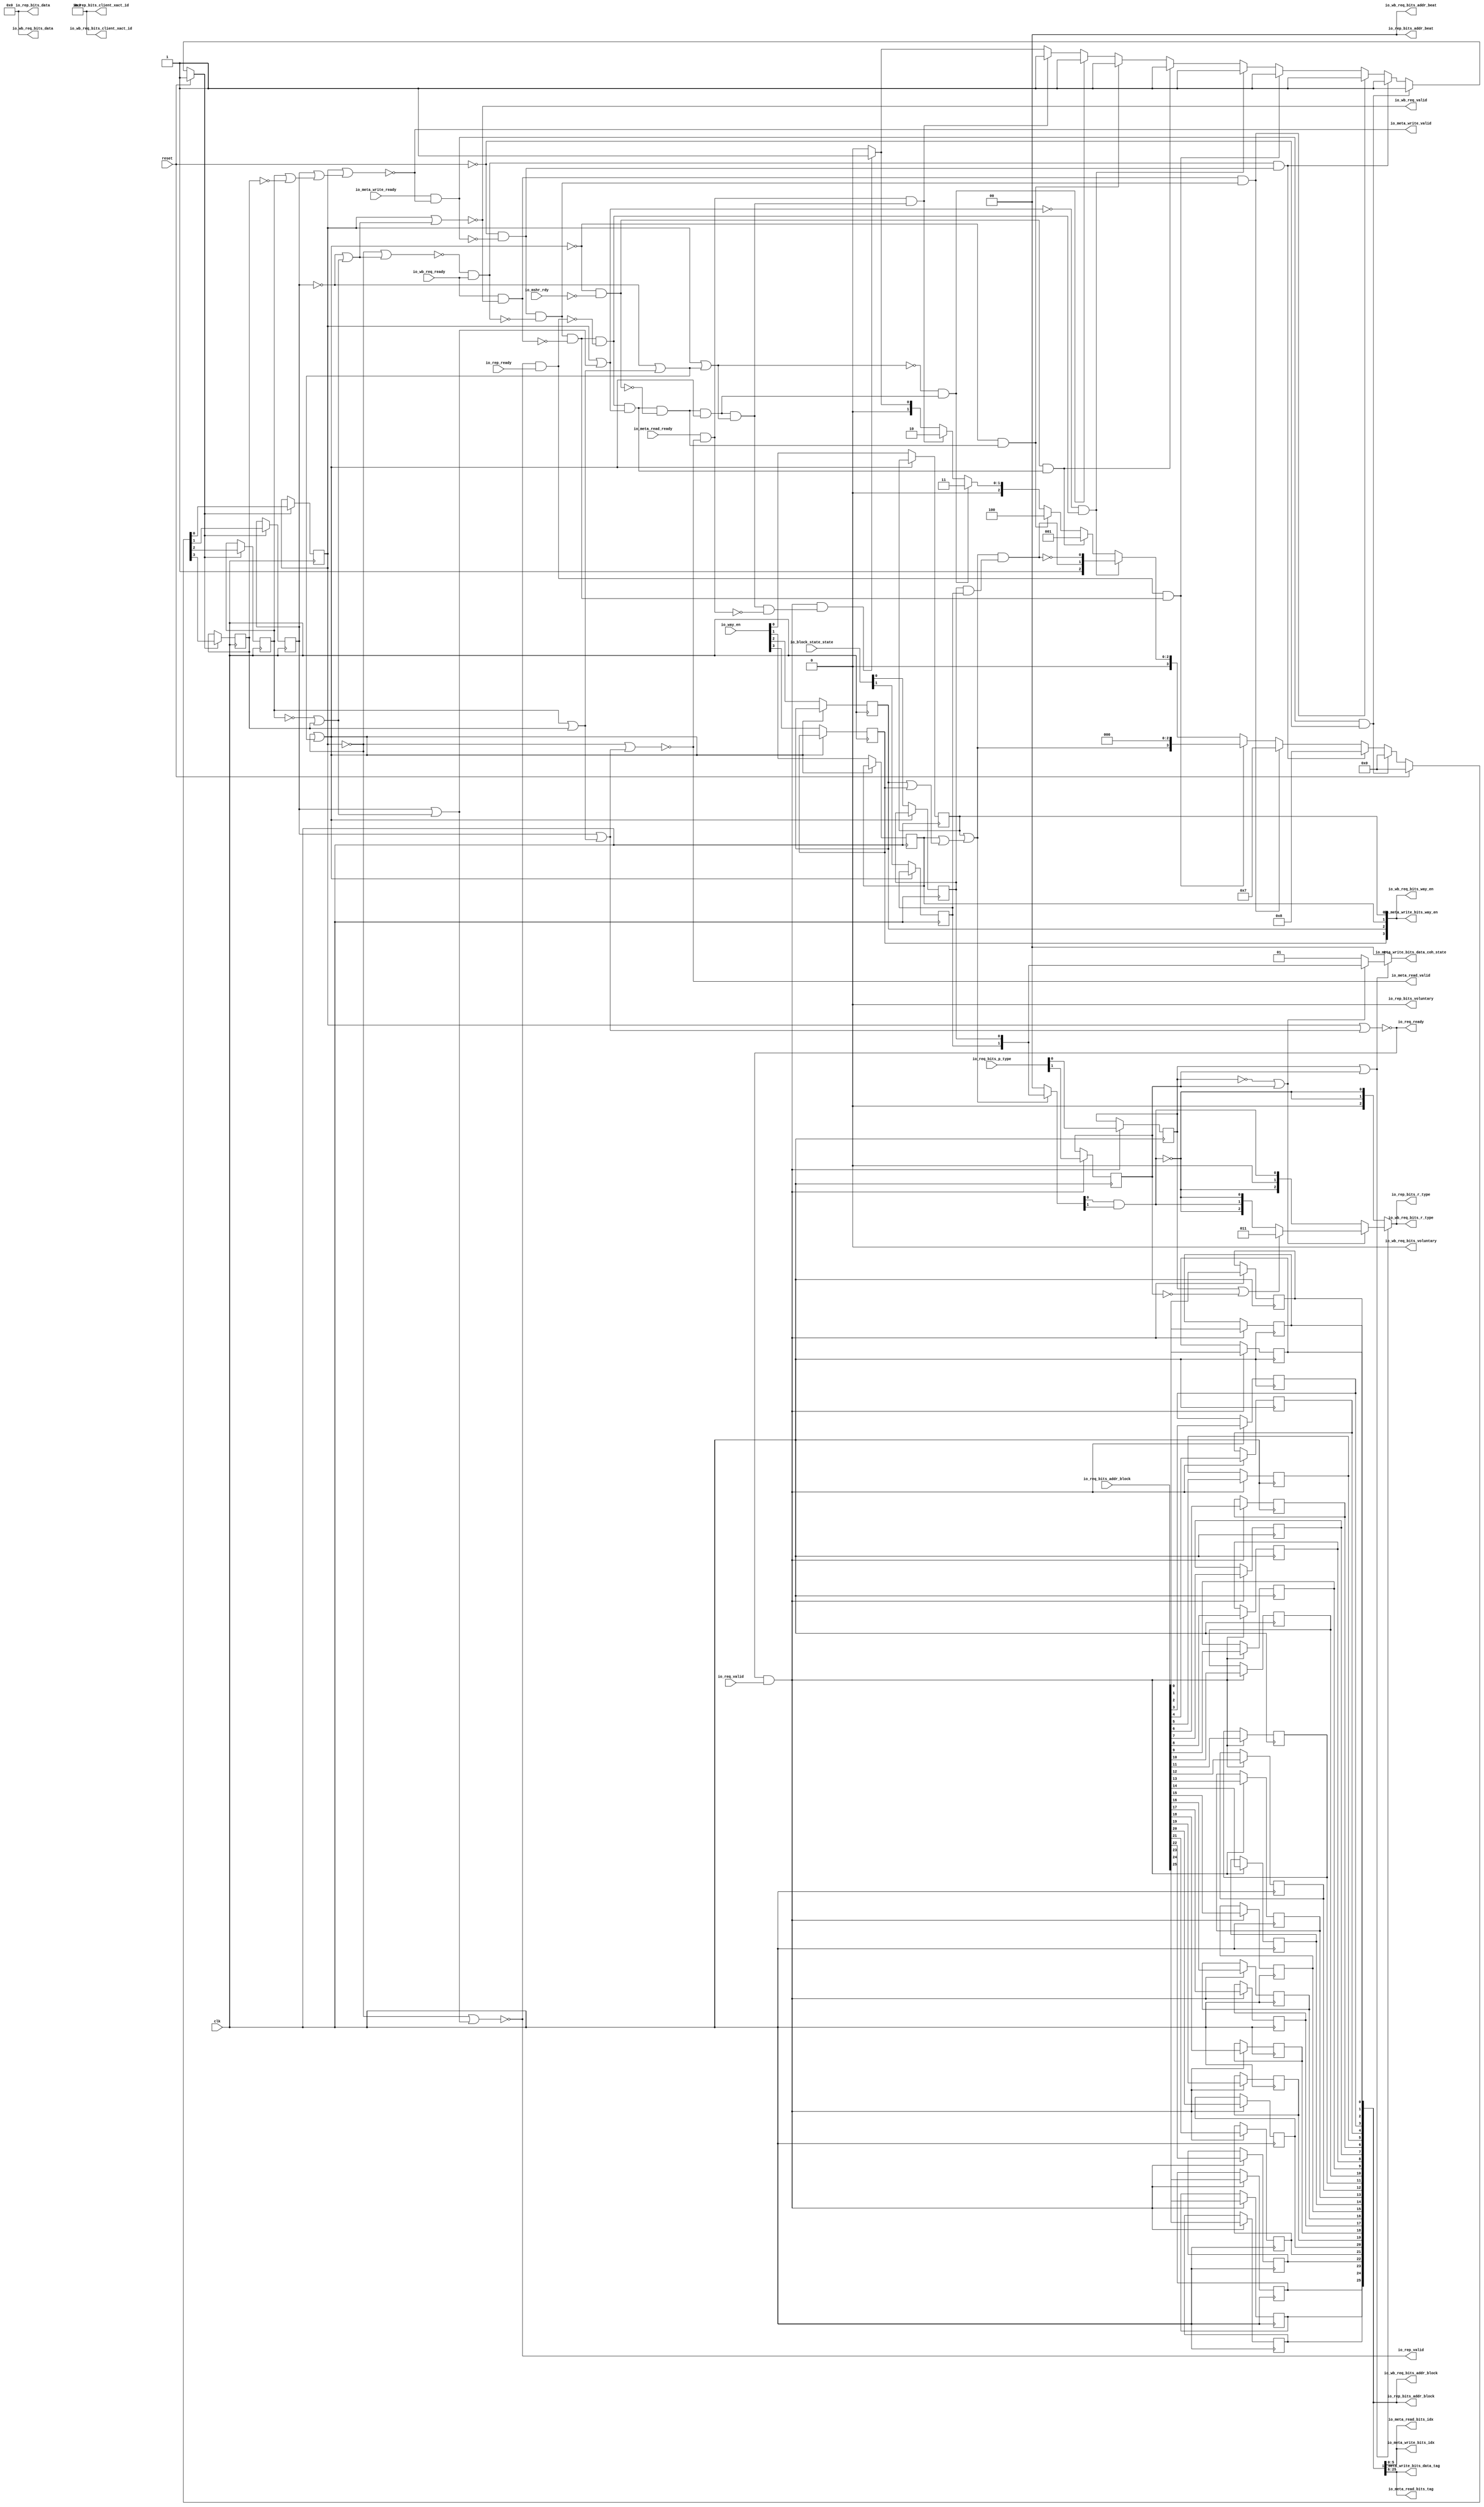
module ProbeUnit
(
  clk,
  reset,
  io_req_ready,
  io_req_valid,
  io_req_bits_addr_block,
  io_req_bits_p_type,
  io_rep_ready,
  io_rep_valid,
  io_rep_bits_addr_beat,
  io_rep_bits_addr_block,
  io_rep_bits_client_xact_id,
  io_rep_bits_voluntary,
  io_rep_bits_r_type,
  io_rep_bits_data,
  io_meta_read_ready,
  io_meta_read_valid,
  io_meta_read_bits_idx,
  io_meta_read_bits_tag,
  io_meta_write_ready,
  io_meta_write_valid,
  io_meta_write_bits_idx,
  io_meta_write_bits_way_en,
  io_meta_write_bits_data_tag,
  io_meta_write_bits_data_coh_state,
  io_wb_req_ready,
  io_wb_req_valid,
  io_wb_req_bits_addr_beat,
  io_wb_req_bits_addr_block,
  io_wb_req_bits_client_xact_id,
  io_wb_req_bits_voluntary,
  io_wb_req_bits_r_type,
  io_wb_req_bits_data,
  io_wb_req_bits_way_en,
  io_way_en,
  io_mshr_rdy,
  io_block_state_state
);

  input [25:0] io_req_bits_addr_block;
  input [1:0] io_req_bits_p_type;
  output [1:0] io_rep_bits_addr_beat;
  output [25:0] io_rep_bits_addr_block;
  output [5:0] io_rep_bits_client_xact_id;
  output [2:0] io_rep_bits_r_type;
  output [127:0] io_rep_bits_data;
  output [5:0] io_meta_read_bits_idx;
  output [19:0] io_meta_read_bits_tag;
  output [5:0] io_meta_write_bits_idx;
  output [3:0] io_meta_write_bits_way_en;
  output [19:0] io_meta_write_bits_data_tag;
  output [1:0] io_meta_write_bits_data_coh_state;
  output [1:0] io_wb_req_bits_addr_beat;
  output [25:0] io_wb_req_bits_addr_block;
  output [5:0] io_wb_req_bits_client_xact_id;
  output [2:0] io_wb_req_bits_r_type;
  output [127:0] io_wb_req_bits_data;
  output [3:0] io_wb_req_bits_way_en;
  input [3:0] io_way_en;
  input [1:0] io_block_state_state;
  input clk;
  input reset;
  input io_req_valid;
  input io_rep_ready;
  input io_meta_read_ready;
  input io_meta_write_ready;
  input io_wb_req_ready;
  input io_mshr_rdy;
  output io_req_ready;
  output io_rep_valid;
  output io_rep_bits_voluntary;
  output io_meta_read_valid;
  output io_meta_write_valid;
  output io_wb_req_valid;
  output io_wb_req_bits_voluntary;
  wire [1:0] io_rep_bits_addr_beat,io_meta_write_bits_data_coh_state,
  io_wb_req_bits_addr_beat,T27,T44,T57;
  wire [25:0] io_rep_bits_addr_block;
  wire [5:0] io_rep_bits_client_xact_id,io_meta_read_bits_idx,io_meta_write_bits_idx,
  io_wb_req_bits_client_xact_id;
  wire [2:0] io_rep_bits_r_type,io_wb_req_bits_r_type,T40,T41;
  wire [127:0] io_rep_bits_data,io_wb_req_bits_data;
  wire [19:0] io_meta_read_bits_tag,io_meta_write_bits_data_tag;
  wire [3:0] io_meta_write_bits_way_en;
  wire io_req_ready,io_rep_valid,io_rep_bits_voluntary,io_meta_read_valid,
  io_meta_write_valid,io_wb_req_valid,io_wb_req_bits_voluntary,N0,N1,N2,N3,N4,N5,N6,N7,N8,N9,
  N10,N11,N12,T38,T36,T35,T33,T25,T23,T22,T26,T28,N13,N14,T47_0,N15,N16,N17,N18,N19,
  N20,N21,N22,N23,N24,N25,N26,N27,N28,N29,N30,N31,N32,N33,N34,N35,N36,N37,N38,N39,
  N40,N41,N42,N43,N44,N45,N46,N47,N48,N49,N50,N51,N52,N53,N54,N55,N56,N57,N58,N59,
  N60,N61,N62,N63,N64,N66,N67,N68,N69,N70,N71,N72,N73,N74,N75,N76,N77,N78,N79,N80,
  N81,N82,N83,N85,N86,N87,N88,N89,N90,N91,N92,N93,N95,N96,N97,N98,N99,N100,N101,
  N102,N103,N104,N105,N106,N107,N108,N109,N110,N111,N112,N114,N115,N116,N117,N118,
  N119,N120,N121;
  wire [3:3] T32;
  wire [1:1] T50;
  wire [2:2] T47;
  wire [2:1] T42;
  reg [3:0] io_wb_req_bits_way_en,state;
  reg [1:0] T58,req_p_type;
  reg [25:0] io_wb_req_bits_addr_block;
  assign io_rep_bits_addr_beat[0] = 1'b0;
  assign io_rep_bits_addr_beat[1] = 1'b0;
  assign io_rep_bits_client_xact_id[0] = 1'b0;
  assign io_rep_bits_client_xact_id[1] = 1'b0;
  assign io_rep_bits_client_xact_id[2] = 1'b0;
  assign io_rep_bits_client_xact_id[3] = 1'b0;
  assign io_rep_bits_client_xact_id[4] = 1'b0;
  assign io_rep_bits_client_xact_id[5] = 1'b0;
  assign io_rep_bits_voluntary = 1'b0;
  assign io_rep_bits_data[0] = 1'b0;
  assign io_rep_bits_data[1] = 1'b0;
  assign io_rep_bits_data[2] = 1'b0;
  assign io_rep_bits_data[3] = 1'b0;
  assign io_rep_bits_data[4] = 1'b0;
  assign io_rep_bits_data[5] = 1'b0;
  assign io_rep_bits_data[6] = 1'b0;
  assign io_rep_bits_data[7] = 1'b0;
  assign io_rep_bits_data[8] = 1'b0;
  assign io_rep_bits_data[9] = 1'b0;
  assign io_rep_bits_data[10] = 1'b0;
  assign io_rep_bits_data[11] = 1'b0;
  assign io_rep_bits_data[12] = 1'b0;
  assign io_rep_bits_data[13] = 1'b0;
  assign io_rep_bits_data[14] = 1'b0;
  assign io_rep_bits_data[15] = 1'b0;
  assign io_rep_bits_data[16] = 1'b0;
  assign io_rep_bits_data[17] = 1'b0;
  assign io_rep_bits_data[18] = 1'b0;
  assign io_rep_bits_data[19] = 1'b0;
  assign io_rep_bits_data[20] = 1'b0;
  assign io_rep_bits_data[21] = 1'b0;
  assign io_rep_bits_data[22] = 1'b0;
  assign io_rep_bits_data[23] = 1'b0;
  assign io_rep_bits_data[24] = 1'b0;
  assign io_rep_bits_data[25] = 1'b0;
  assign io_rep_bits_data[26] = 1'b0;
  assign io_rep_bits_data[27] = 1'b0;
  assign io_rep_bits_data[28] = 1'b0;
  assign io_rep_bits_data[29] = 1'b0;
  assign io_rep_bits_data[30] = 1'b0;
  assign io_rep_bits_data[31] = 1'b0;
  assign io_rep_bits_data[32] = 1'b0;
  assign io_rep_bits_data[33] = 1'b0;
  assign io_rep_bits_data[34] = 1'b0;
  assign io_rep_bits_data[35] = 1'b0;
  assign io_rep_bits_data[36] = 1'b0;
  assign io_rep_bits_data[37] = 1'b0;
  assign io_rep_bits_data[38] = 1'b0;
  assign io_rep_bits_data[39] = 1'b0;
  assign io_rep_bits_data[40] = 1'b0;
  assign io_rep_bits_data[41] = 1'b0;
  assign io_rep_bits_data[42] = 1'b0;
  assign io_rep_bits_data[43] = 1'b0;
  assign io_rep_bits_data[44] = 1'b0;
  assign io_rep_bits_data[45] = 1'b0;
  assign io_rep_bits_data[46] = 1'b0;
  assign io_rep_bits_data[47] = 1'b0;
  assign io_rep_bits_data[48] = 1'b0;
  assign io_rep_bits_data[49] = 1'b0;
  assign io_rep_bits_data[50] = 1'b0;
  assign io_rep_bits_data[51] = 1'b0;
  assign io_rep_bits_data[52] = 1'b0;
  assign io_rep_bits_data[53] = 1'b0;
  assign io_rep_bits_data[54] = 1'b0;
  assign io_rep_bits_data[55] = 1'b0;
  assign io_rep_bits_data[56] = 1'b0;
  assign io_rep_bits_data[57] = 1'b0;
  assign io_rep_bits_data[58] = 1'b0;
  assign io_rep_bits_data[59] = 1'b0;
  assign io_rep_bits_data[60] = 1'b0;
  assign io_rep_bits_data[61] = 1'b0;
  assign io_rep_bits_data[62] = 1'b0;
  assign io_rep_bits_data[63] = 1'b0;
  assign io_rep_bits_data[64] = 1'b0;
  assign io_rep_bits_data[65] = 1'b0;
  assign io_rep_bits_data[66] = 1'b0;
  assign io_rep_bits_data[67] = 1'b0;
  assign io_rep_bits_data[68] = 1'b0;
  assign io_rep_bits_data[69] = 1'b0;
  assign io_rep_bits_data[70] = 1'b0;
  assign io_rep_bits_data[71] = 1'b0;
  assign io_rep_bits_data[72] = 1'b0;
  assign io_rep_bits_data[73] = 1'b0;
  assign io_rep_bits_data[74] = 1'b0;
  assign io_rep_bits_data[75] = 1'b0;
  assign io_rep_bits_data[76] = 1'b0;
  assign io_rep_bits_data[77] = 1'b0;
  assign io_rep_bits_data[78] = 1'b0;
  assign io_rep_bits_data[79] = 1'b0;
  assign io_rep_bits_data[80] = 1'b0;
  assign io_rep_bits_data[81] = 1'b0;
  assign io_rep_bits_data[82] = 1'b0;
  assign io_rep_bits_data[83] = 1'b0;
  assign io_rep_bits_data[84] = 1'b0;
  assign io_rep_bits_data[85] = 1'b0;
  assign io_rep_bits_data[86] = 1'b0;
  assign io_rep_bits_data[87] = 1'b0;
  assign io_rep_bits_data[88] = 1'b0;
  assign io_rep_bits_data[89] = 1'b0;
  assign io_rep_bits_data[90] = 1'b0;
  assign io_rep_bits_data[91] = 1'b0;
  assign io_rep_bits_data[92] = 1'b0;
  assign io_rep_bits_data[93] = 1'b0;
  assign io_rep_bits_data[94] = 1'b0;
  assign io_rep_bits_data[95] = 1'b0;
  assign io_rep_bits_data[96] = 1'b0;
  assign io_rep_bits_data[97] = 1'b0;
  assign io_rep_bits_data[98] = 1'b0;
  assign io_rep_bits_data[99] = 1'b0;
  assign io_rep_bits_data[100] = 1'b0;
  assign io_rep_bits_data[101] = 1'b0;
  assign io_rep_bits_data[102] = 1'b0;
  assign io_rep_bits_data[103] = 1'b0;
  assign io_rep_bits_data[104] = 1'b0;
  assign io_rep_bits_data[105] = 1'b0;
  assign io_rep_bits_data[106] = 1'b0;
  assign io_rep_bits_data[107] = 1'b0;
  assign io_rep_bits_data[108] = 1'b0;
  assign io_rep_bits_data[109] = 1'b0;
  assign io_rep_bits_data[110] = 1'b0;
  assign io_rep_bits_data[111] = 1'b0;
  assign io_rep_bits_data[112] = 1'b0;
  assign io_rep_bits_data[113] = 1'b0;
  assign io_rep_bits_data[114] = 1'b0;
  assign io_rep_bits_data[115] = 1'b0;
  assign io_rep_bits_data[116] = 1'b0;
  assign io_rep_bits_data[117] = 1'b0;
  assign io_rep_bits_data[118] = 1'b0;
  assign io_rep_bits_data[119] = 1'b0;
  assign io_rep_bits_data[120] = 1'b0;
  assign io_rep_bits_data[121] = 1'b0;
  assign io_rep_bits_data[122] = 1'b0;
  assign io_rep_bits_data[123] = 1'b0;
  assign io_rep_bits_data[124] = 1'b0;
  assign io_rep_bits_data[125] = 1'b0;
  assign io_rep_bits_data[126] = 1'b0;
  assign io_rep_bits_data[127] = 1'b0;
  assign io_wb_req_bits_addr_beat[0] = 1'b0;
  assign io_wb_req_bits_addr_beat[1] = 1'b0;
  assign io_wb_req_bits_client_xact_id[0] = 1'b0;
  assign io_wb_req_bits_client_xact_id[1] = 1'b0;
  assign io_wb_req_bits_client_xact_id[2] = 1'b0;
  assign io_wb_req_bits_client_xact_id[3] = 1'b0;
  assign io_wb_req_bits_client_xact_id[4] = 1'b0;
  assign io_wb_req_bits_client_xact_id[5] = 1'b0;
  assign io_wb_req_bits_voluntary = 1'b0;
  assign io_wb_req_bits_data[0] = 1'b0;
  assign io_wb_req_bits_data[1] = 1'b0;
  assign io_wb_req_bits_data[2] = 1'b0;
  assign io_wb_req_bits_data[3] = 1'b0;
  assign io_wb_req_bits_data[4] = 1'b0;
  assign io_wb_req_bits_data[5] = 1'b0;
  assign io_wb_req_bits_data[6] = 1'b0;
  assign io_wb_req_bits_data[7] = 1'b0;
  assign io_wb_req_bits_data[8] = 1'b0;
  assign io_wb_req_bits_data[9] = 1'b0;
  assign io_wb_req_bits_data[10] = 1'b0;
  assign io_wb_req_bits_data[11] = 1'b0;
  assign io_wb_req_bits_data[12] = 1'b0;
  assign io_wb_req_bits_data[13] = 1'b0;
  assign io_wb_req_bits_data[14] = 1'b0;
  assign io_wb_req_bits_data[15] = 1'b0;
  assign io_wb_req_bits_data[16] = 1'b0;
  assign io_wb_req_bits_data[17] = 1'b0;
  assign io_wb_req_bits_data[18] = 1'b0;
  assign io_wb_req_bits_data[19] = 1'b0;
  assign io_wb_req_bits_data[20] = 1'b0;
  assign io_wb_req_bits_data[21] = 1'b0;
  assign io_wb_req_bits_data[22] = 1'b0;
  assign io_wb_req_bits_data[23] = 1'b0;
  assign io_wb_req_bits_data[24] = 1'b0;
  assign io_wb_req_bits_data[25] = 1'b0;
  assign io_wb_req_bits_data[26] = 1'b0;
  assign io_wb_req_bits_data[27] = 1'b0;
  assign io_wb_req_bits_data[28] = 1'b0;
  assign io_wb_req_bits_data[29] = 1'b0;
  assign io_wb_req_bits_data[30] = 1'b0;
  assign io_wb_req_bits_data[31] = 1'b0;
  assign io_wb_req_bits_data[32] = 1'b0;
  assign io_wb_req_bits_data[33] = 1'b0;
  assign io_wb_req_bits_data[34] = 1'b0;
  assign io_wb_req_bits_data[35] = 1'b0;
  assign io_wb_req_bits_data[36] = 1'b0;
  assign io_wb_req_bits_data[37] = 1'b0;
  assign io_wb_req_bits_data[38] = 1'b0;
  assign io_wb_req_bits_data[39] = 1'b0;
  assign io_wb_req_bits_data[40] = 1'b0;
  assign io_wb_req_bits_data[41] = 1'b0;
  assign io_wb_req_bits_data[42] = 1'b0;
  assign io_wb_req_bits_data[43] = 1'b0;
  assign io_wb_req_bits_data[44] = 1'b0;
  assign io_wb_req_bits_data[45] = 1'b0;
  assign io_wb_req_bits_data[46] = 1'b0;
  assign io_wb_req_bits_data[47] = 1'b0;
  assign io_wb_req_bits_data[48] = 1'b0;
  assign io_wb_req_bits_data[49] = 1'b0;
  assign io_wb_req_bits_data[50] = 1'b0;
  assign io_wb_req_bits_data[51] = 1'b0;
  assign io_wb_req_bits_data[52] = 1'b0;
  assign io_wb_req_bits_data[53] = 1'b0;
  assign io_wb_req_bits_data[54] = 1'b0;
  assign io_wb_req_bits_data[55] = 1'b0;
  assign io_wb_req_bits_data[56] = 1'b0;
  assign io_wb_req_bits_data[57] = 1'b0;
  assign io_wb_req_bits_data[58] = 1'b0;
  assign io_wb_req_bits_data[59] = 1'b0;
  assign io_wb_req_bits_data[60] = 1'b0;
  assign io_wb_req_bits_data[61] = 1'b0;
  assign io_wb_req_bits_data[62] = 1'b0;
  assign io_wb_req_bits_data[63] = 1'b0;
  assign io_wb_req_bits_data[64] = 1'b0;
  assign io_wb_req_bits_data[65] = 1'b0;
  assign io_wb_req_bits_data[66] = 1'b0;
  assign io_wb_req_bits_data[67] = 1'b0;
  assign io_wb_req_bits_data[68] = 1'b0;
  assign io_wb_req_bits_data[69] = 1'b0;
  assign io_wb_req_bits_data[70] = 1'b0;
  assign io_wb_req_bits_data[71] = 1'b0;
  assign io_wb_req_bits_data[72] = 1'b0;
  assign io_wb_req_bits_data[73] = 1'b0;
  assign io_wb_req_bits_data[74] = 1'b0;
  assign io_wb_req_bits_data[75] = 1'b0;
  assign io_wb_req_bits_data[76] = 1'b0;
  assign io_wb_req_bits_data[77] = 1'b0;
  assign io_wb_req_bits_data[78] = 1'b0;
  assign io_wb_req_bits_data[79] = 1'b0;
  assign io_wb_req_bits_data[80] = 1'b0;
  assign io_wb_req_bits_data[81] = 1'b0;
  assign io_wb_req_bits_data[82] = 1'b0;
  assign io_wb_req_bits_data[83] = 1'b0;
  assign io_wb_req_bits_data[84] = 1'b0;
  assign io_wb_req_bits_data[85] = 1'b0;
  assign io_wb_req_bits_data[86] = 1'b0;
  assign io_wb_req_bits_data[87] = 1'b0;
  assign io_wb_req_bits_data[88] = 1'b0;
  assign io_wb_req_bits_data[89] = 1'b0;
  assign io_wb_req_bits_data[90] = 1'b0;
  assign io_wb_req_bits_data[91] = 1'b0;
  assign io_wb_req_bits_data[92] = 1'b0;
  assign io_wb_req_bits_data[93] = 1'b0;
  assign io_wb_req_bits_data[94] = 1'b0;
  assign io_wb_req_bits_data[95] = 1'b0;
  assign io_wb_req_bits_data[96] = 1'b0;
  assign io_wb_req_bits_data[97] = 1'b0;
  assign io_wb_req_bits_data[98] = 1'b0;
  assign io_wb_req_bits_data[99] = 1'b0;
  assign io_wb_req_bits_data[100] = 1'b0;
  assign io_wb_req_bits_data[101] = 1'b0;
  assign io_wb_req_bits_data[102] = 1'b0;
  assign io_wb_req_bits_data[103] = 1'b0;
  assign io_wb_req_bits_data[104] = 1'b0;
  assign io_wb_req_bits_data[105] = 1'b0;
  assign io_wb_req_bits_data[106] = 1'b0;
  assign io_wb_req_bits_data[107] = 1'b0;
  assign io_wb_req_bits_data[108] = 1'b0;
  assign io_wb_req_bits_data[109] = 1'b0;
  assign io_wb_req_bits_data[110] = 1'b0;
  assign io_wb_req_bits_data[111] = 1'b0;
  assign io_wb_req_bits_data[112] = 1'b0;
  assign io_wb_req_bits_data[113] = 1'b0;
  assign io_wb_req_bits_data[114] = 1'b0;
  assign io_wb_req_bits_data[115] = 1'b0;
  assign io_wb_req_bits_data[116] = 1'b0;
  assign io_wb_req_bits_data[117] = 1'b0;
  assign io_wb_req_bits_data[118] = 1'b0;
  assign io_wb_req_bits_data[119] = 1'b0;
  assign io_wb_req_bits_data[120] = 1'b0;
  assign io_wb_req_bits_data[121] = 1'b0;
  assign io_wb_req_bits_data[122] = 1'b0;
  assign io_wb_req_bits_data[123] = 1'b0;
  assign io_wb_req_bits_data[124] = 1'b0;
  assign io_wb_req_bits_data[125] = 1'b0;
  assign io_wb_req_bits_data[126] = 1'b0;
  assign io_wb_req_bits_data[127] = 1'b0;
  assign io_rep_bits_addr_block[25] = io_wb_req_bits_addr_block[25];
  assign io_meta_read_bits_tag[19] = io_wb_req_bits_addr_block[25];
  assign io_meta_write_bits_data_tag[19] = io_wb_req_bits_addr_block[25];
  assign io_rep_bits_addr_block[24] = io_wb_req_bits_addr_block[24];
  assign io_meta_read_bits_tag[18] = io_wb_req_bits_addr_block[24];
  assign io_meta_write_bits_data_tag[18] = io_wb_req_bits_addr_block[24];
  assign io_rep_bits_addr_block[23] = io_wb_req_bits_addr_block[23];
  assign io_meta_read_bits_tag[17] = io_wb_req_bits_addr_block[23];
  assign io_meta_write_bits_data_tag[17] = io_wb_req_bits_addr_block[23];
  assign io_rep_bits_addr_block[22] = io_wb_req_bits_addr_block[22];
  assign io_meta_read_bits_tag[16] = io_wb_req_bits_addr_block[22];
  assign io_meta_write_bits_data_tag[16] = io_wb_req_bits_addr_block[22];
  assign io_rep_bits_addr_block[21] = io_wb_req_bits_addr_block[21];
  assign io_meta_read_bits_tag[15] = io_wb_req_bits_addr_block[21];
  assign io_meta_write_bits_data_tag[15] = io_wb_req_bits_addr_block[21];
  assign io_rep_bits_addr_block[20] = io_wb_req_bits_addr_block[20];
  assign io_meta_read_bits_tag[14] = io_wb_req_bits_addr_block[20];
  assign io_meta_write_bits_data_tag[14] = io_wb_req_bits_addr_block[20];
  assign io_rep_bits_addr_block[19] = io_wb_req_bits_addr_block[19];
  assign io_meta_read_bits_tag[13] = io_wb_req_bits_addr_block[19];
  assign io_meta_write_bits_data_tag[13] = io_wb_req_bits_addr_block[19];
  assign io_rep_bits_addr_block[18] = io_wb_req_bits_addr_block[18];
  assign io_meta_read_bits_tag[12] = io_wb_req_bits_addr_block[18];
  assign io_meta_write_bits_data_tag[12] = io_wb_req_bits_addr_block[18];
  assign io_rep_bits_addr_block[17] = io_wb_req_bits_addr_block[17];
  assign io_meta_read_bits_tag[11] = io_wb_req_bits_addr_block[17];
  assign io_meta_write_bits_data_tag[11] = io_wb_req_bits_addr_block[17];
  assign io_rep_bits_addr_block[16] = io_wb_req_bits_addr_block[16];
  assign io_meta_read_bits_tag[10] = io_wb_req_bits_addr_block[16];
  assign io_meta_write_bits_data_tag[10] = io_wb_req_bits_addr_block[16];
  assign io_rep_bits_addr_block[15] = io_wb_req_bits_addr_block[15];
  assign io_meta_read_bits_tag[9] = io_wb_req_bits_addr_block[15];
  assign io_meta_write_bits_data_tag[9] = io_wb_req_bits_addr_block[15];
  assign io_rep_bits_addr_block[14] = io_wb_req_bits_addr_block[14];
  assign io_meta_read_bits_tag[8] = io_wb_req_bits_addr_block[14];
  assign io_meta_write_bits_data_tag[8] = io_wb_req_bits_addr_block[14];
  assign io_rep_bits_addr_block[13] = io_wb_req_bits_addr_block[13];
  assign io_meta_read_bits_tag[7] = io_wb_req_bits_addr_block[13];
  assign io_meta_write_bits_data_tag[7] = io_wb_req_bits_addr_block[13];
  assign io_rep_bits_addr_block[12] = io_wb_req_bits_addr_block[12];
  assign io_meta_read_bits_tag[6] = io_wb_req_bits_addr_block[12];
  assign io_meta_write_bits_data_tag[6] = io_wb_req_bits_addr_block[12];
  assign io_rep_bits_addr_block[11] = io_wb_req_bits_addr_block[11];
  assign io_meta_read_bits_tag[5] = io_wb_req_bits_addr_block[11];
  assign io_meta_write_bits_data_tag[5] = io_wb_req_bits_addr_block[11];
  assign io_rep_bits_addr_block[10] = io_wb_req_bits_addr_block[10];
  assign io_meta_read_bits_tag[4] = io_wb_req_bits_addr_block[10];
  assign io_meta_write_bits_data_tag[4] = io_wb_req_bits_addr_block[10];
  assign io_rep_bits_addr_block[9] = io_wb_req_bits_addr_block[9];
  assign io_meta_read_bits_tag[3] = io_wb_req_bits_addr_block[9];
  assign io_meta_write_bits_data_tag[3] = io_wb_req_bits_addr_block[9];
  assign io_rep_bits_addr_block[8] = io_wb_req_bits_addr_block[8];
  assign io_meta_read_bits_tag[2] = io_wb_req_bits_addr_block[8];
  assign io_meta_write_bits_data_tag[2] = io_wb_req_bits_addr_block[8];
  assign io_rep_bits_addr_block[7] = io_wb_req_bits_addr_block[7];
  assign io_meta_read_bits_tag[1] = io_wb_req_bits_addr_block[7];
  assign io_meta_write_bits_data_tag[1] = io_wb_req_bits_addr_block[7];
  assign io_rep_bits_addr_block[6] = io_wb_req_bits_addr_block[6];
  assign io_meta_read_bits_tag[0] = io_wb_req_bits_addr_block[6];
  assign io_meta_write_bits_data_tag[0] = io_wb_req_bits_addr_block[6];
  assign io_rep_bits_addr_block[5] = io_wb_req_bits_addr_block[5];
  assign io_meta_read_bits_idx[5] = io_wb_req_bits_addr_block[5];
  assign io_meta_write_bits_idx[5] = io_wb_req_bits_addr_block[5];
  assign io_rep_bits_addr_block[4] = io_wb_req_bits_addr_block[4];
  assign io_meta_read_bits_idx[4] = io_wb_req_bits_addr_block[4];
  assign io_meta_write_bits_idx[4] = io_wb_req_bits_addr_block[4];
  assign io_rep_bits_addr_block[3] = io_wb_req_bits_addr_block[3];
  assign io_meta_read_bits_idx[3] = io_wb_req_bits_addr_block[3];
  assign io_meta_write_bits_idx[3] = io_wb_req_bits_addr_block[3];
  assign io_rep_bits_addr_block[2] = io_wb_req_bits_addr_block[2];
  assign io_meta_read_bits_idx[2] = io_wb_req_bits_addr_block[2];
  assign io_meta_write_bits_idx[2] = io_wb_req_bits_addr_block[2];
  assign io_rep_bits_addr_block[1] = io_wb_req_bits_addr_block[1];
  assign io_meta_read_bits_idx[1] = io_wb_req_bits_addr_block[1];
  assign io_meta_write_bits_idx[1] = io_wb_req_bits_addr_block[1];
  assign io_rep_bits_addr_block[0] = io_wb_req_bits_addr_block[0];
  assign io_meta_read_bits_idx[0] = io_wb_req_bits_addr_block[0];
  assign io_meta_write_bits_idx[0] = io_wb_req_bits_addr_block[0];
  assign io_rep_bits_r_type[2] = io_wb_req_bits_r_type[2];
  assign io_rep_bits_r_type[1] = io_wb_req_bits_r_type[1];
  assign io_rep_bits_r_type[0] = io_wb_req_bits_r_type[0];
  assign io_meta_write_bits_way_en[3] = io_wb_req_bits_way_en[3];
  assign io_meta_write_bits_way_en[2] = io_wb_req_bits_way_en[2];
  assign io_meta_write_bits_way_en[1] = io_wb_req_bits_way_en[1];
  assign io_meta_write_bits_way_en[0] = io_wb_req_bits_way_en[0];

  always @(posedge clk) begin
    if(N105) begin
      io_wb_req_bits_way_en[3] <= io_way_en[3];
    end 
  end


  always @(posedge clk) begin
    if(N105) begin
      io_wb_req_bits_way_en[2] <= io_way_en[2];
    end 
  end


  always @(posedge clk) begin
    if(N105) begin
      io_wb_req_bits_way_en[1] <= io_way_en[1];
    end 
  end


  always @(posedge clk) begin
    if(N105) begin
      io_wb_req_bits_way_en[0] <= io_way_en[0];
    end 
  end


  always @(posedge clk) begin
    if(N29) begin
      state[3] <= N33;
    end 
  end


  always @(posedge clk) begin
    if(N29) begin
      state[2] <= N32;
    end 
  end


  always @(posedge clk) begin
    if(N29) begin
      state[1] <= N31;
    end 
  end


  always @(posedge clk) begin
    if(N29) begin
      state[0] <= N30;
    end 
  end


  always @(posedge clk) begin
    if(N105) begin
      T58[1] <= io_block_state_state[1];
    end 
  end


  always @(posedge clk) begin
    if(N105) begin
      T58[0] <= io_block_state_state[0];
    end 
  end


  always @(posedge clk) begin
    if(T22) begin
      req_p_type[1] <= io_req_bits_p_type[1];
    end 
  end


  always @(posedge clk) begin
    if(T22) begin
      req_p_type[0] <= io_req_bits_p_type[0];
    end 
  end


  always @(posedge clk) begin
    if(T22) begin
      io_wb_req_bits_addr_block[25] <= io_req_bits_addr_block[25];
    end 
  end


  always @(posedge clk) begin
    if(T22) begin
      io_wb_req_bits_addr_block[24] <= io_req_bits_addr_block[24];
    end 
  end


  always @(posedge clk) begin
    if(T22) begin
      io_wb_req_bits_addr_block[23] <= io_req_bits_addr_block[23];
    end 
  end


  always @(posedge clk) begin
    if(T22) begin
      io_wb_req_bits_addr_block[22] <= io_req_bits_addr_block[22];
    end 
  end


  always @(posedge clk) begin
    if(T22) begin
      io_wb_req_bits_addr_block[21] <= io_req_bits_addr_block[21];
    end 
  end


  always @(posedge clk) begin
    if(T22) begin
      io_wb_req_bits_addr_block[20] <= io_req_bits_addr_block[20];
    end 
  end


  always @(posedge clk) begin
    if(T22) begin
      io_wb_req_bits_addr_block[19] <= io_req_bits_addr_block[19];
    end 
  end


  always @(posedge clk) begin
    if(T22) begin
      io_wb_req_bits_addr_block[18] <= io_req_bits_addr_block[18];
    end 
  end


  always @(posedge clk) begin
    if(T22) begin
      io_wb_req_bits_addr_block[17] <= io_req_bits_addr_block[17];
    end 
  end


  always @(posedge clk) begin
    if(T22) begin
      io_wb_req_bits_addr_block[16] <= io_req_bits_addr_block[16];
    end 
  end


  always @(posedge clk) begin
    if(T22) begin
      io_wb_req_bits_addr_block[15] <= io_req_bits_addr_block[15];
    end 
  end


  always @(posedge clk) begin
    if(T22) begin
      io_wb_req_bits_addr_block[14] <= io_req_bits_addr_block[14];
    end 
  end


  always @(posedge clk) begin
    if(T22) begin
      io_wb_req_bits_addr_block[13] <= io_req_bits_addr_block[13];
    end 
  end


  always @(posedge clk) begin
    if(T22) begin
      io_wb_req_bits_addr_block[12] <= io_req_bits_addr_block[12];
    end 
  end


  always @(posedge clk) begin
    if(T22) begin
      io_wb_req_bits_addr_block[11] <= io_req_bits_addr_block[11];
    end 
  end


  always @(posedge clk) begin
    if(T22) begin
      io_wb_req_bits_addr_block[10] <= io_req_bits_addr_block[10];
    end 
  end


  always @(posedge clk) begin
    if(T22) begin
      io_wb_req_bits_addr_block[9] <= io_req_bits_addr_block[9];
    end 
  end


  always @(posedge clk) begin
    if(T22) begin
      io_wb_req_bits_addr_block[8] <= io_req_bits_addr_block[8];
    end 
  end


  always @(posedge clk) begin
    if(T22) begin
      io_wb_req_bits_addr_block[7] <= io_req_bits_addr_block[7];
    end 
  end


  always @(posedge clk) begin
    if(T22) begin
      io_wb_req_bits_addr_block[6] <= io_req_bits_addr_block[6];
    end 
  end


  always @(posedge clk) begin
    if(T22) begin
      io_wb_req_bits_addr_block[5] <= io_req_bits_addr_block[5];
    end 
  end


  always @(posedge clk) begin
    if(T22) begin
      io_wb_req_bits_addr_block[4] <= io_req_bits_addr_block[4];
    end 
  end


  always @(posedge clk) begin
    if(T22) begin
      io_wb_req_bits_addr_block[3] <= io_req_bits_addr_block[3];
    end 
  end


  always @(posedge clk) begin
    if(T22) begin
      io_wb_req_bits_addr_block[2] <= io_req_bits_addr_block[2];
    end 
  end


  always @(posedge clk) begin
    if(T22) begin
      io_wb_req_bits_addr_block[1] <= io_req_bits_addr_block[1];
    end 
  end


  always @(posedge clk) begin
    if(T22) begin
      io_wb_req_bits_addr_block[0] <= io_req_bits_addr_block[0];
    end 
  end

  assign N60 = ~state[2];
  assign N61 = ~state[0];
  assign N62 = N60 | state[3];
  assign N63 = state[1] | N62;
  assign N64 = N61 | N63;
  assign io_rep_valid = ~N64;
  assign N66 = req_p_type[0] | req_p_type[1];
  assign N67 = ~N66;
  assign N68 = req_p_type[0] | req_p_type[1];
  assign N69 = ~N68;
  assign N70 = T44[0] & T44[1];
  assign N71 = ~req_p_type[0];
  assign N72 = N71 | req_p_type[1];
  assign N73 = ~N72;
  assign N74 = N71 | req_p_type[1];
  assign N75 = ~N74;
  assign N76 = T44[0] & T44[1];
  assign N77 = ~req_p_type[1];
  assign N78 = req_p_type[0] | N77;
  assign N79 = ~N78;
  assign N80 = T44[0] & T44[1];
  assign N81 = state[2] | state[3];
  assign N82 = state[1] | N81;
  assign N83 = state[0] | N82;
  assign io_req_ready = ~N83;
  assign N85 = T58[0] & T58[1];
  assign N86 = ~state[1];
  assign N87 = state[2] | state[3];
  assign N88 = N86 | N87;
  assign N89 = state[0] | N88;
  assign N90 = ~N89;
  assign N91 = state[2] | state[3];
  assign N92 = state[1] | N91;
  assign N93 = N61 | N92;
  assign io_meta_read_valid = ~N93;
  assign N95 = io_wb_req_bits_way_en[2] | io_wb_req_bits_way_en[3];
  assign N96 = io_wb_req_bits_way_en[1] | N95;
  assign N97 = io_wb_req_bits_way_en[0] | N96;
  assign N98 = N60 | state[3];
  assign N99 = state[1] | N98;
  assign N100 = state[0] | N99;
  assign N101 = ~N100;
  assign N102 = state[2] | state[3];
  assign N103 = N86 | N102;
  assign N104 = N61 | N103;
  assign N105 = ~N104;
  assign N106 = N60 | state[3];
  assign N107 = state[1] | N106;
  assign N108 = N61 | N107;
  assign N109 = ~N108;
  assign N110 = N60 | state[3];
  assign N111 = N86 | N110;
  assign N112 = state[0] | N111;
  assign io_wb_req_valid = ~N112;
  assign N114 = N60 | state[3];
  assign N115 = N86 | N114;
  assign N116 = N61 | N115;
  assign N117 = ~N116;
  assign N118 = ~state[3];
  assign N119 = state[2] | N118;
  assign N120 = state[1] | N119;
  assign N121 = state[0] | N120;
  assign io_meta_write_valid = ~N121;
  assign io_wb_req_bits_r_type = (N0)? { 1'b0, T50[1:1], T50[1:1] } : 
                                 (N1)? T40 : 1'b0;
  assign N0 = N67;
  assign N1 = N66;
  assign T40 = (N2)? { T47[2:2], 1'b0, T47_0 } : 
               (N3)? T41 : 1'b0;
  assign N2 = N73;
  assign N3 = N72;
  assign T41 = (N4)? { T42, T42[2:2] } : 
               (N5)? { 1'b0, 1'b1, 1'b1 } : 1'b0;
  assign N4 = N79;
  assign N5 = N78;
  assign T44 = (N6)? T58 : 
               (N7)? { 1'b0, 1'b0 } : 1'b0;
  assign N6 = T32[3];
  assign N7 = N14;
  assign io_meta_write_bits_data_coh_state = (N8)? { 1'b0, 1'b0 } : 
                                             (N9)? T57 : 1'b0;
  assign N8 = N69;
  assign N9 = N68;
  assign T57 = (N10)? { 1'b0, 1'b1 } : 
               (N11)? T58 : 1'b0;
  assign N10 = N75;
  assign N11 = N74;
  assign N29 = (N12)? 1'b1 : 
               (N35)? 1'b1 : 
               (N38)? 1'b1 : 
               (N41)? 1'b1 : 
               (N44)? 1'b1 : 
               (N47)? 1'b1 : 
               (N49)? 1'b1 : 
               (N52)? 1'b1 : 
               (N54)? 1'b1 : 
               (N56)? 1'b1 : 
               (N59)? 1'b1 : 
               (N28)? 1'b0 : 1'b0;
  assign N12 = reset;
  assign { N33, N32, N31, N30 } = (N12)? { 1'b0, 1'b0, 1'b0, 1'b0 } : 
                                  (N35)? { 1'b0, 1'b0, 1'b0, 1'b0 } : 
                                  (N38)? { 1'b1, 1'b0, 1'b0, 1'b0 } : 
                                  (N41)? { 1'b0, 1'b1, 1'b1, 1'b1 } : 
                                  (N44)? { T32[3:3], 1'b0, 1'b0, 1'b0 } : 
                                  (N47)? { 1'b0, 1'b1, T27 } : 
                                  (N49)? { 1'b0, 1'b0, 1'b0, 1'b1 } : 
                                  (N52)? { 1'b0, 1'b1, 1'b0, 1'b0 } : 
                                  (N54)? { 1'b0, 1'b0, 1'b1, 1'b1 } : 
                                  (N56)? { 1'b0, 1'b0, 1'b1, 1'b0 } : 
                                  (N59)? { 1'b0, 1'b0, 1'b0, 1'b1 } : 1'b0;
  assign T22 = io_req_ready & io_req_valid;
  assign T23 = io_meta_read_ready & io_meta_read_valid;
  assign T25 = N105 & T26;
  assign T26 = ~io_mshr_rdy;
  assign N13 = ~T28;
  assign T27[1] = T28;
  assign T27[0] = N13;
  assign T28 = N97 & N85;
  assign N14 = ~N97;
  assign T32[3] = N97;
  assign T33 = N109 & io_rep_ready;
  assign T35 = io_wb_req_ready & io_wb_req_valid;
  assign T36 = N117 & io_wb_req_ready;
  assign T38 = io_meta_write_ready & io_meta_write_valid;
  assign N15 = ~N80;
  assign T42[1] = N80;
  assign T42[2] = N15;
  assign N16 = ~N76;
  assign T47_0 = N76;
  assign T47[2] = N16;
  assign N17 = ~N70;
  assign T50[1] = N17;
  assign N18 = T38 | reset;
  assign N19 = T36 | N18;
  assign N20 = T35 | N19;
  assign N21 = T33 | N20;
  assign N22 = N101 | N21;
  assign N23 = T25 | N22;
  assign N24 = N105 | N23;
  assign N25 = N90 | N24;
  assign N26 = T23 | N25;
  assign N27 = T22 | N26;
  assign N28 = ~N27;
  assign N34 = ~reset;
  assign N35 = T38 & N34;
  assign N36 = ~T38;
  assign N37 = N34 & N36;
  assign N38 = T36 & N37;
  assign N39 = ~T36;
  assign N40 = N37 & N39;
  assign N41 = T35 & N40;
  assign N42 = ~T35;
  assign N43 = N40 & N42;
  assign N44 = T33 & N43;
  assign N45 = ~T33;
  assign N46 = N43 & N45;
  assign N47 = N101 & N46;
  assign N48 = N46 & N100;
  assign N49 = T25 & N48;
  assign N50 = ~T25;
  assign N51 = N48 & N50;
  assign N52 = N105 & N51;
  assign N53 = N51 & N104;
  assign N54 = N90 & N53;
  assign N55 = N53 & N89;
  assign N56 = T23 & N55;
  assign N57 = ~T23;
  assign N58 = N55 & N57;
  assign N59 = T22 & N58;

endmodule